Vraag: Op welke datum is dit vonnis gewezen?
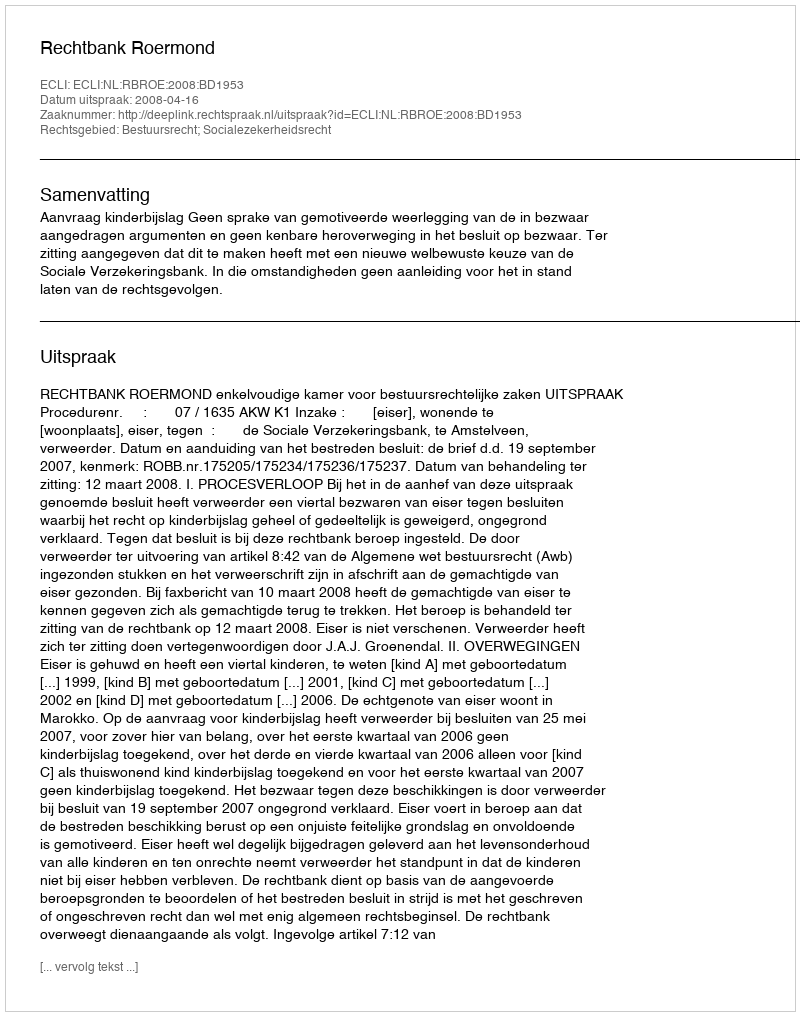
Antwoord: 2008-04-16